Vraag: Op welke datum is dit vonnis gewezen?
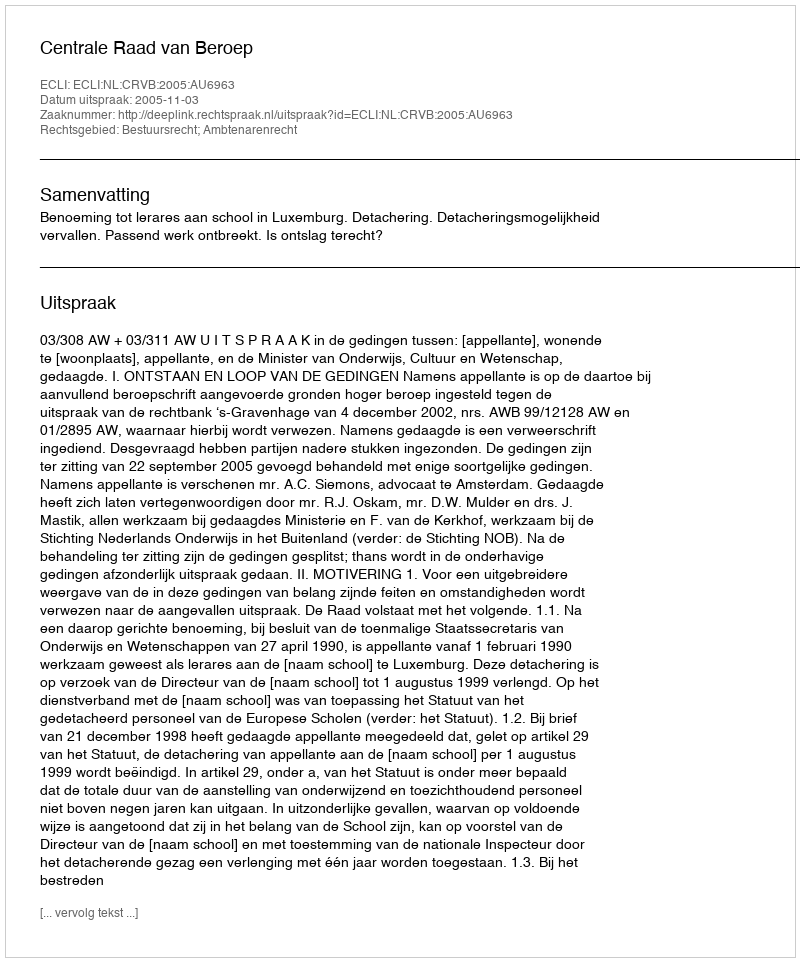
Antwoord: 2005-11-03